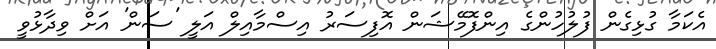
އެކަމާ ގުޅިގެން ފުލުހުންގެ އިންފޮމޭޝަން އޮފިސަރު އިސްމާއިލް އަލީ 'ސަން' އަށް ވިދާޅުވީ